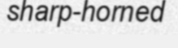
sharp-horned